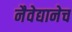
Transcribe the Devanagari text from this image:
नैवेद्यानेच